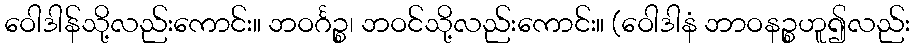
ဝေါဒါန်သို့လည်းကောင်း။ ဘဝင်္ဂဉ္စ၊ ဘဝင်သို့လည်းကောင်း။ (ဝေါဒါနံ ဘာဝနဉ္စဟူ၍လည်း